Civil Veterinary Dept. Assam report 1911-1927 - 1911-1927
Year: 1911
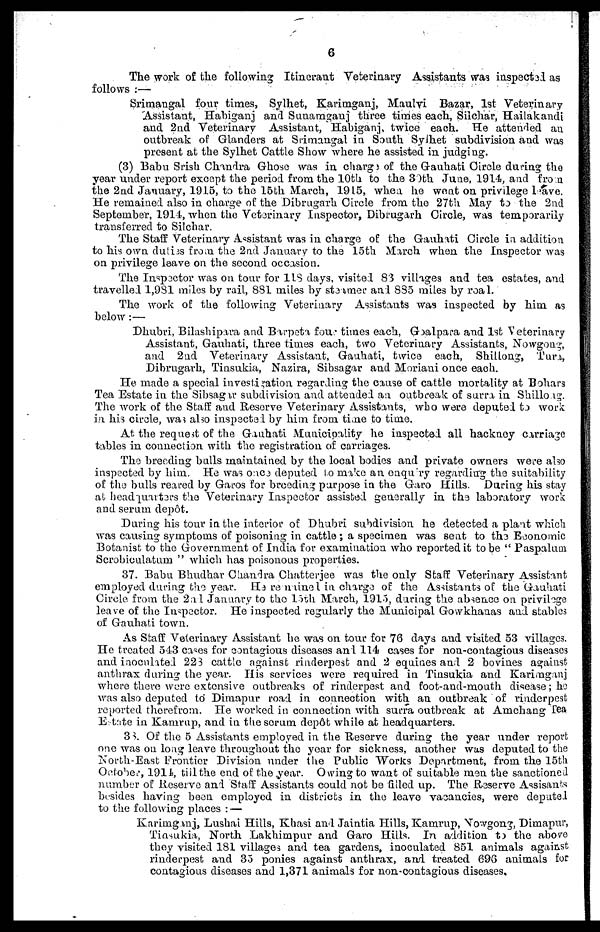
6
The work of the following Itinerant Veterinary Assistants was inspectd as
follows :—
Srimangal four times, Sylhet, Karimganj, Maulvi Bazar, 1st Veterinary
Assistant, Habiganj and Sunamgani three times each, Silchar, Hailakandi
and 2nd Veterinary Assistant, Habiganj, twice each. He attended an
outbreak of Glanders at Srimangal in South Sylhet subdivision and was
present at the Sylhet Cattle Show where he assisted in judging.
(3) Babu Srish Chandra Ghose was in charge of the Gauhati Circle during the
year under report except the period from the l0th to the 30th June, 1914, and from
the 2nd January, 1915, to the 15th March, 1915, when he went on privilege leave.
He remained also in charge of the Dibrugarh Circle from the 27th May to the 2nd
September, 1914, when the Veterinary Inspector, Dibrugarh Circle, was temporarily
transferred to Silchar.
The Staff Veterinary Assistant was in charge of the Gauhati Circle in addition
to his own duties from the 2nd January to the 15th March when the Inspector was
on privilege leave on the second occasion.
The Inspector was on tour for 118 days, visited 83 villages and tea estates, and
travelled 1,981 miles by rail, 881 miles by steamer and 885 miles by road.
The work of the following Veterinary Assistants was inspected by him as
below:—
Dhubri, Bilashipara and Barpeta four times each, Goalpara and 1st Veterinary
Assistant, Gauhati, three times each, two Veterinary Assistants, Nowgong,
and 2nd Veterinary Assistant, Gauhati, twice each, Shillong, Tura,
Dibrugarh, Tinsukia, Nazira, Sibsagar and Moriani once each.
He made a special investigation regarding the cause of cattle mortality at Bohars
Tea Estate in the Sibsagar subdivision and attended an outbreak of surra in Shillong.
The work of the Staff and Reserve Veterinary Assistants, who were deputed to work
in his circle, was also inspected by him from time to time.
At the request of the Gauhati Municipality he inspected all hackney carriage
tables in connection with the registration of carriages.
The breeding bulls maintained by the local bodies and private owners were also
inspected by him. He was once deputed to make an enquiry regarding the suitability
of the bulls reared by Garos for breeding purpose in the Garo Hills. During his stay
at headquarters the Veterinary Inspector assisted generally in the laboratory work
and serum depôt.
During his tour in the interior of Dhubri subdivision he detected a plant which
was causing symptoms of poisoning in cattle; a specimen was sent to the Economic
Botanist to the Government of India for examination who reported it to be " Paspalum
Scrobiculatum " which has poisonous properties.
37. Babu Bhudhar Chandra Chatterjee was the only Staff Veterinary Assistant
employed during the year. Hæremained in charge of the Assistants of the Gauhati
Circle from the 2nd January to the 15th March, 1915, during the absence on privilege
leave of the Inspector. He inspected regularly the Municipal Gowkhanas and stables
of Gauhati town.
As Staff Veterinary Assistant he was on tour for 76 days and visited 53 villages.
He treated 543 cases for contagious diseases and 114 cases for non-contagious diseases
and inoculated 228 cattle against rinderpest and 2 equines and 2 bovines against
anthrax during the year. His services were required in Tinsukia and Karimganj
where there wore extensive outbreaks of rinderpest and foot-and-mouth disease; he
was also deputed to Dimapur road in connection with an outbreak of rinderpest
reported therefrom. He worked in connection with surra outbreak at Amchang Tea
Estate in Kamrup, and in the sorum depôt while at headquarters.
33. Of the 5 Assistants employed in the Reserve during the year under report
one was on long leave throughout the year for sickness, another was deputed to the
North-East Frontier Division under the Public Works Department, from the 15th
October, 1914, till the end of the year. Owing to want of suitable men the sanctioned
number of Reserve and Staff Assistants could not be filled up. The Reserve Assisants
besides having been employed in districts in the leave vacancies, were depatel
to the following places : —
Karimganj, Lushai Hills, Khasi and Jaintia Hills, Kamrup, Nowgong, Dimapur,
Tinsukia, North Lakhimpur and Garo Hills. In addition to the above
they visited 181 villages and tea gardens, inoculated 851 animals against
rinderpest and 35 ponies against anthrax, and treated 696 animals for
contagious diseases and 1,371 animals for non-contagious diseases.